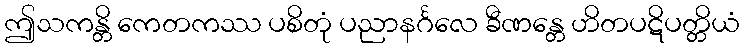
ဤသကန္တိ ကေတကဿ ပစိတုံ ပညာနင်္ဂလေ ခီဏန္တေ ဟိတပဋိပတ္တိယံ